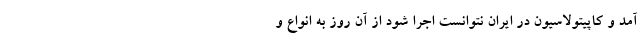
آمد و کاپیتولاسیون در ایران نتوانست اجرا شود از آن روز به انواع و